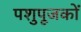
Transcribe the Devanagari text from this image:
पशुपूजकों